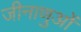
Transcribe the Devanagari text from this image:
जीनाणुओं